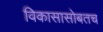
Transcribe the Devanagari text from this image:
विकासासोबतच